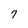
Character: 7